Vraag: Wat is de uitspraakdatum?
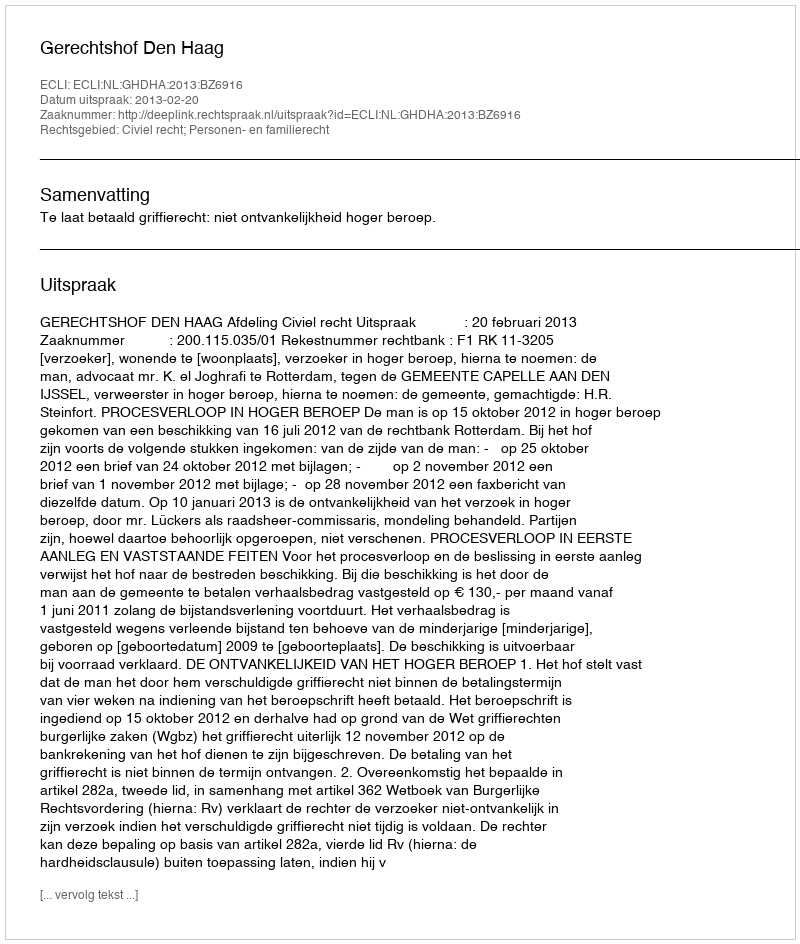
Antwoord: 2013-02-20